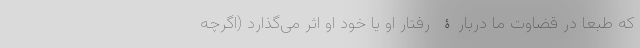
که طبعا در قضاوت ما دربارۀ رفتار او یا خود او اثر می‌گذارد (اگرچه